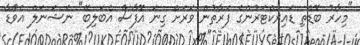
"މިހާރު ބޮޑެތި ޑައިރެކްޓަރުންގެ ފަރާތުން ވަރަށް ގިނަ އޮފާސް އެބަލިބޭ" ނެޝަނަލްް އެވޯޑާ